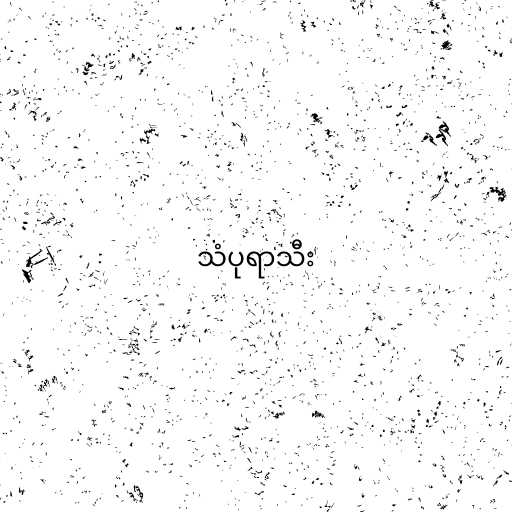
သံပုရာသီး